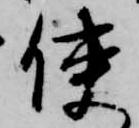
使